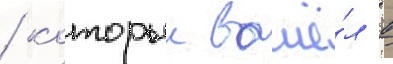
/ которыи вошё́л в